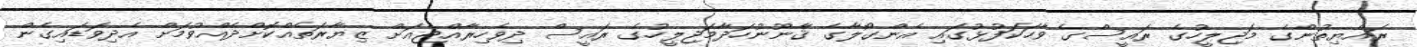
ރައްޔިތުންގެ މަޖިލީހުގެ ރައީސްގެ ވާހަކަފުޅުގައި އެންގޯލާގެ ޤާނޫނުހަދާމަޖިލީހުގެ ރައީސް ދިވެހިރާއްޖެއަށް ޒިޔާރަތެއްކޮށްދެއްވުމަށް އެދިވަޑައިގެން